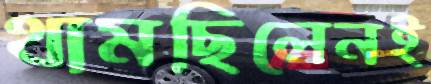
থামছিলেনই